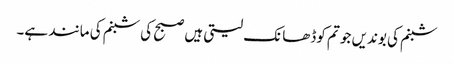
شبنم کی بوندیں جو تم کوڈھانک لیتی ہیں صبح کی شبنم کی مانند ہے۔